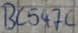
Text: BC547C